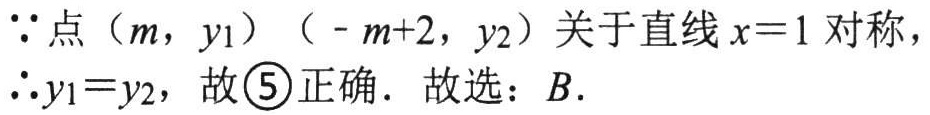
\(\because\)点（\(m\)，\(y_1\)）（\(-m + 2\)，\(y_2\)）关于直线\(x = 1\)对称，

\(\therefore y_1 = y_2\)，故\textcircled{5}正确．故选：\(B\)．